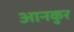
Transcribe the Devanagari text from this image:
आनकुर